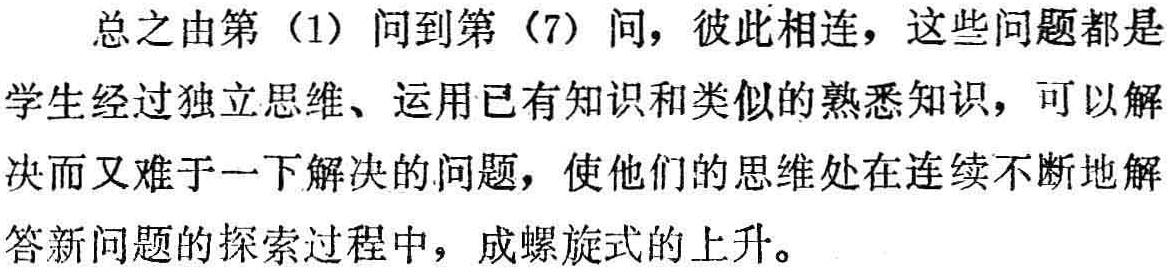
总之由第（1）问到第（7）问，彼此相连，这些问题都是学生经过独立思维、运用已有知识和类似的熟悉知识，可以解决而又难于一下解决的问题，使他们的思维处在连续不断地解答新问题的探索过程中，成螺旋式的上升。